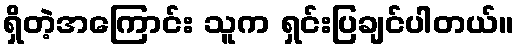
ရှိတဲ့အကြောင်း သူက ရှင်းပြချင်ပါတယ်။